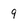
Character: 9